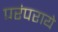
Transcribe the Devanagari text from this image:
परंपराये